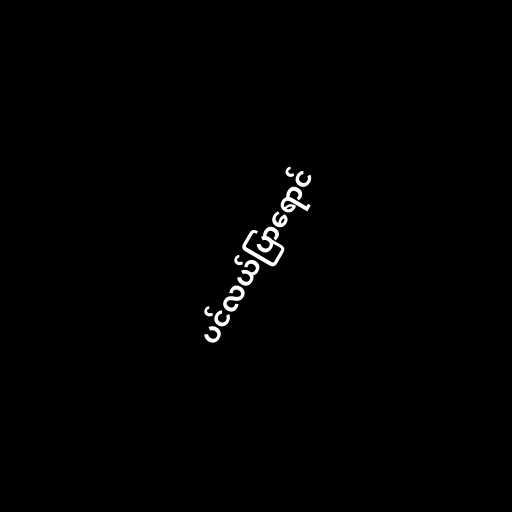
ပင်လယ်ပြာရောင်